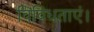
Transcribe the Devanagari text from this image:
विविधताएं।